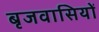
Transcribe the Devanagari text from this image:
बृजवासियों